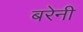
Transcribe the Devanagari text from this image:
बरेनी